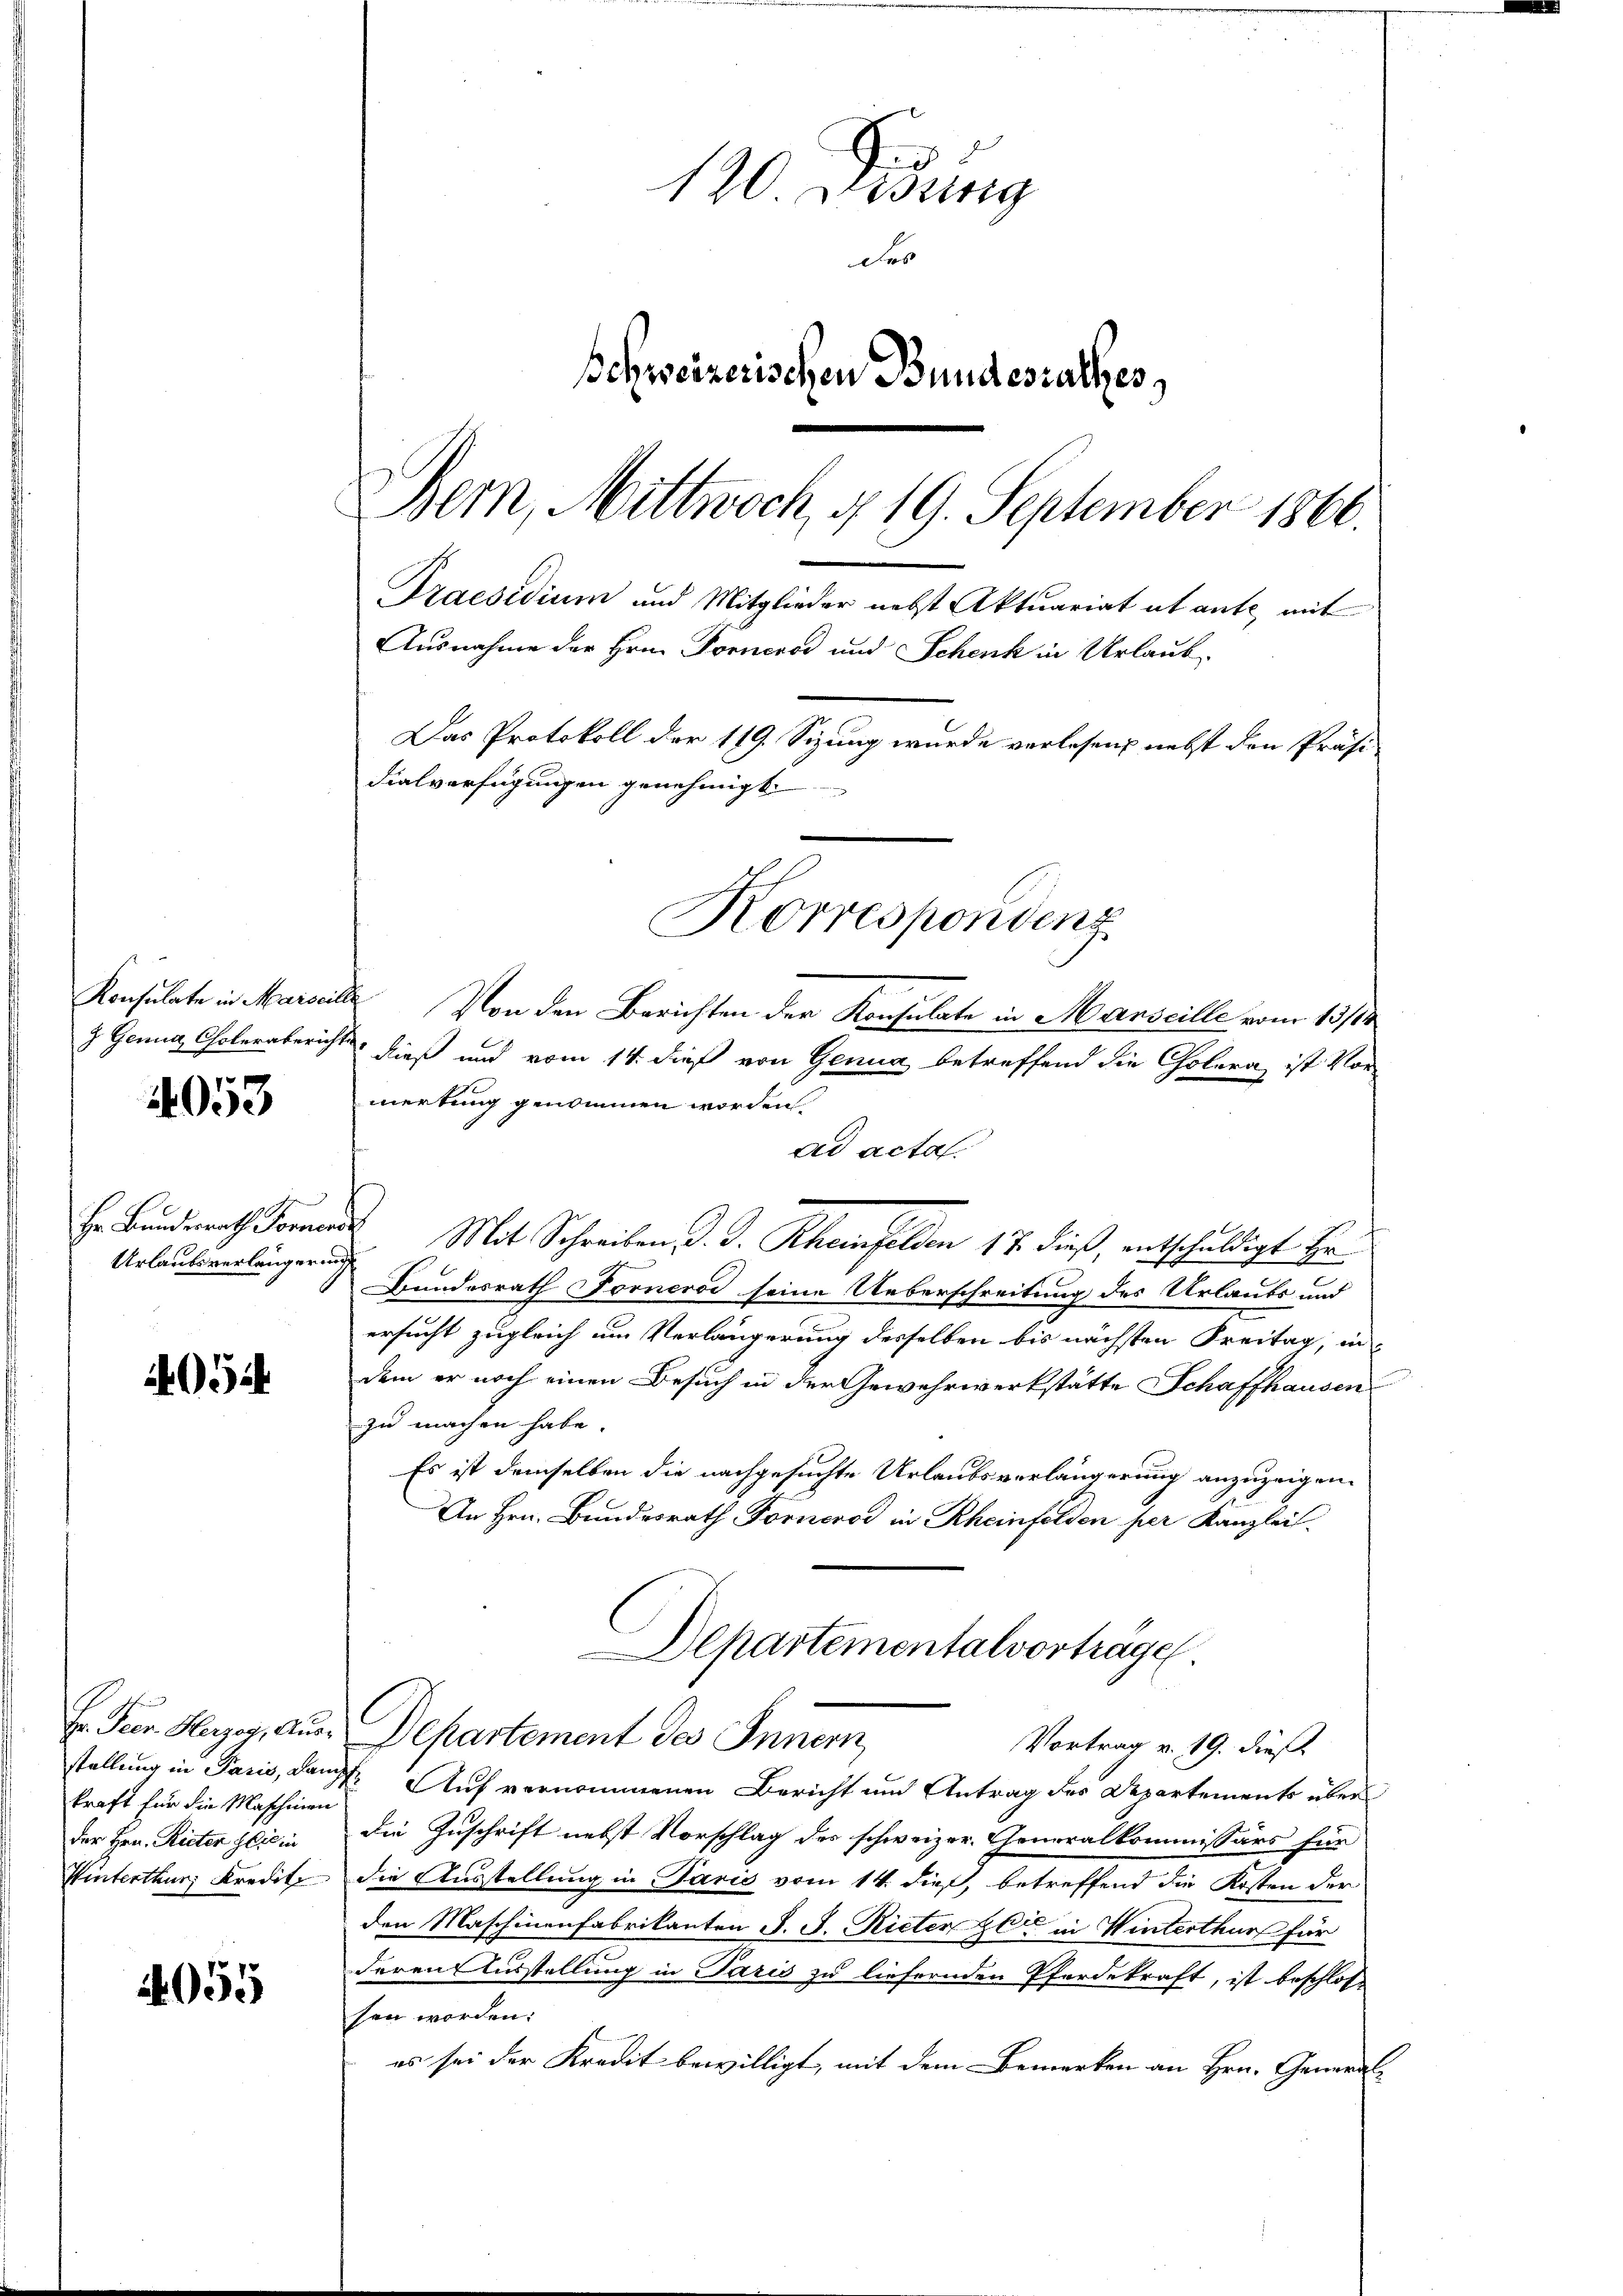
4053

Urlaufsverlanger auf

4054

kraft für die Maschinen
der Hrn. Rieter Zeit in

2055

120 Didung
des
Schweizerischen Bundesrathes,
Bern, Mittwoch, § 19. September 1860.
Praesidium und Mitglieder nebst Aktuariat ut ante, mit
Ausnahme der Hrn. Forneros und Schenk in Urlaub-
Das Protokoll der 119. Sizung wurde verlesen nebst den Präsi-
dialverfügungen genehmigt.

Konsulate in Marseille. Von den Berichten der Konsulate in Marseille vom 13/1
z. Genua Cholerabericht dieß und vom 14. dieß von Genua betreffend die Cholera, ist Vormerkung genommen worden.
ad acta.
Hr. Bunderrath Formals Mit Schreiben, d. J. Rheinfelden 17. dieß, entschuldigt zu
Bundesrath vornerod seine Ueberschreitung des Urlaubs und
ersucht zugleich um Verlängerung desselben bis nächsten Freitag, in
dem er noch einen Besuch in der Gewehrwerkstätte Schaffhausen
zu machen habe.
Es ist demselben die nachgesuchte Urlaubsverlängerung anzuzeigen.
An Hrn. Bundesrath Forneros in Rheinfelden per Kanzlei.
Departementalvortrage
Er Peer. Hager, aus Departement des Inner,
Vortrag v. 19. dieß
stellung in Paris, Kauf. Auf vernommenen Bericht und Antrag des Departements über
die Zuschrift nebst Vorschlag des schweizer. Generalkommissärs für
Winterthur Kredit die Ausstellung in Paris vom 14. dieß, betreffend die Kosten der
den Maschinenfabrikanten J. J. Rieten Zeit in Winterthur für
deren Ausstellung in Paris zu liefernden Pferdekraft, ist beschlos
sen worden:
es sei der Kredit bewilligt, mit dem Bemerken an Hrn. General-

Korrespondens